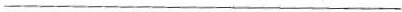
___